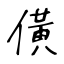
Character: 僙